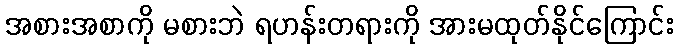
အစားအစာကို မစားဘဲ ရဟန်းတရားကို အားမထုတ်နိုင်ကြောင်း